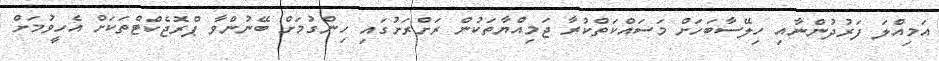
އަމިއްލަ ފަރުދުންނާއި ހިލޭސާބަހަށް މަސައްކަތްކުރާ ޖަމިއްޔާތަކުން ރަށްރަށުގައި ހިންގުމަށް ބޭނުންވާ ޕްރޮޖެކްޓްތަކަށް އެހީވުމަށް